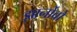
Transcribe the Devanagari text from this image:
झार्नोवो